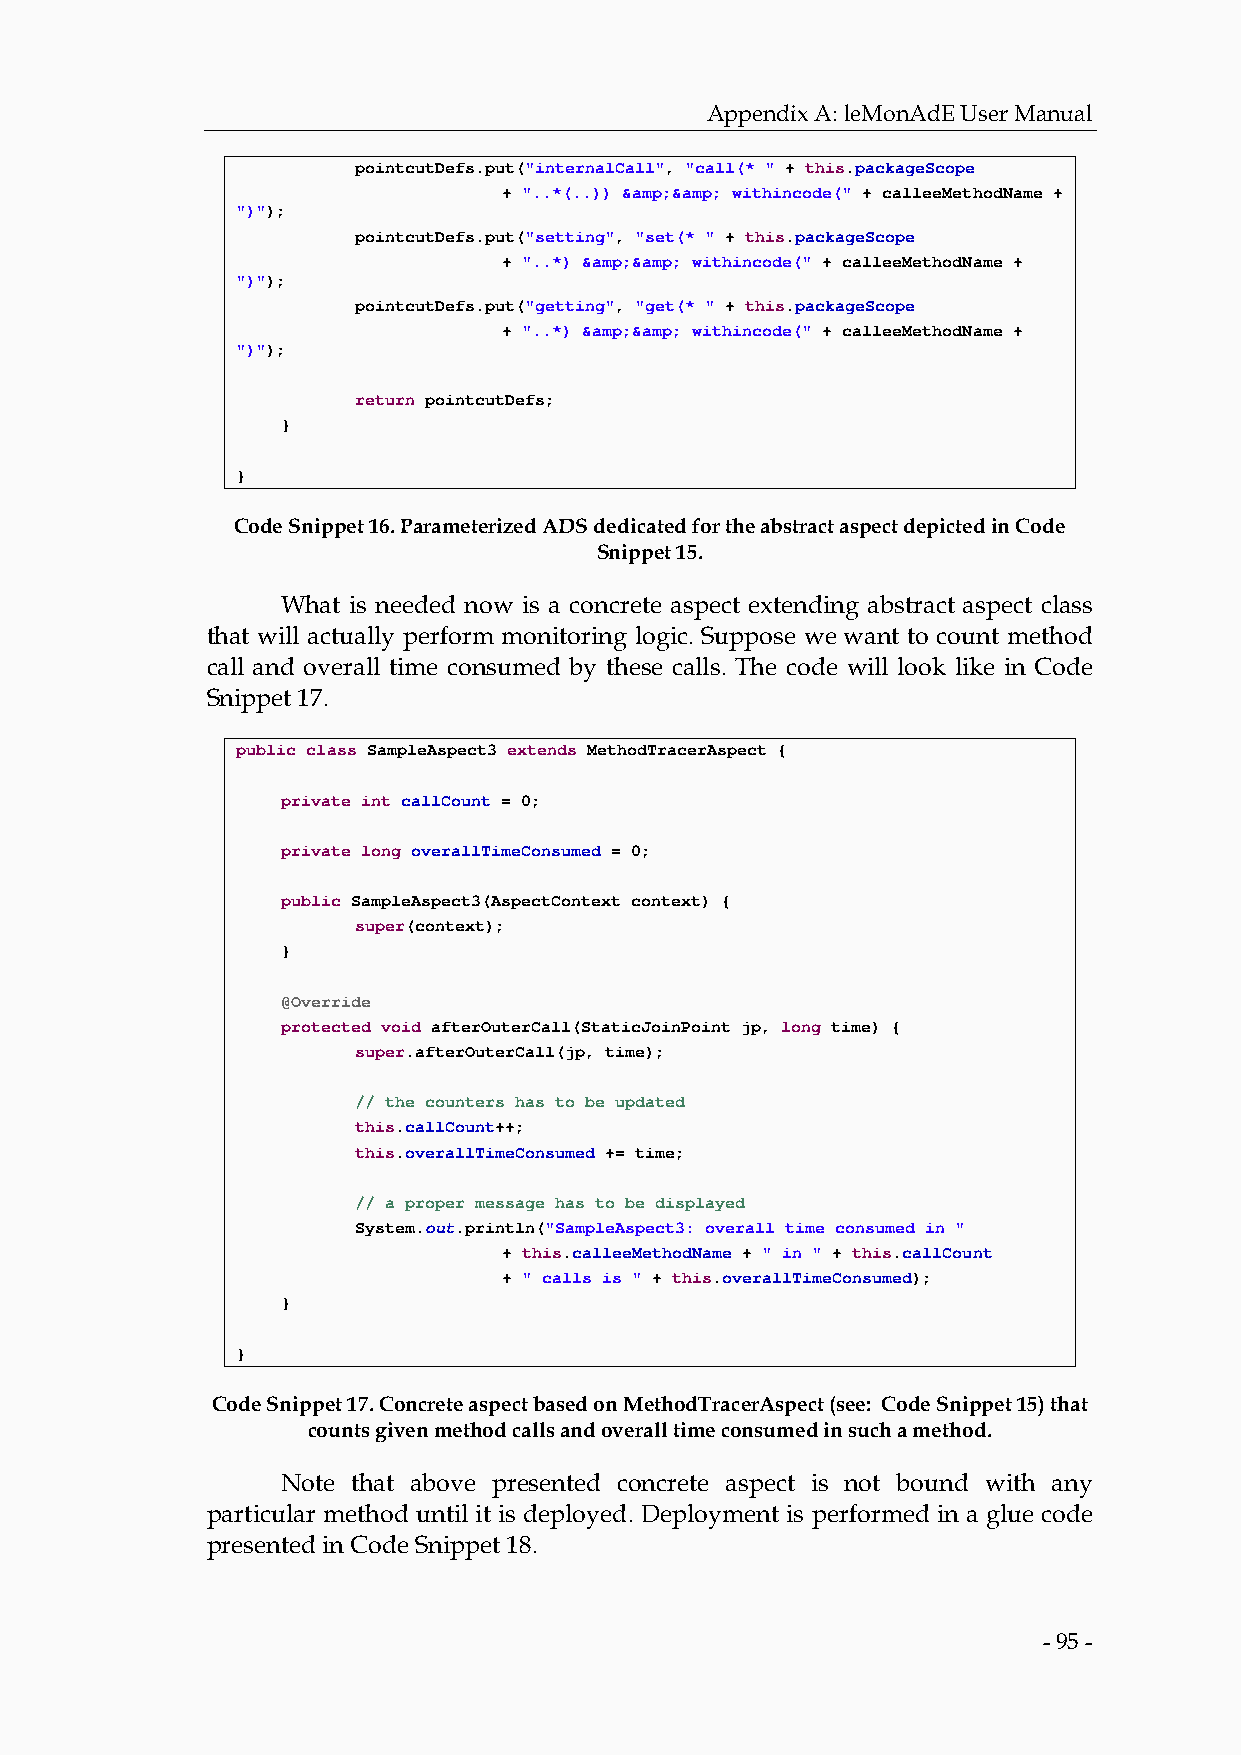
Appendix A: leMonAdE User Manual
 pointcutDefs.put("internalCall", "call(* " + this.packageScope
 + "..*(..)) &amp;&amp; withincode(" + calleeMethodName +
 ")");
 pointcutDefs.put("setting", "set(* " + this.packageScope
 + "..*) &amp;&amp; withincode(" + calleeMethodName +
 ")");
 pointcutDefs.put("getting", "get(* " + this.packageScope
 + "..*) &amp;&amp; withincode(" + calleeMethodName +
 ")");
 return pointcutDefs;
 }
 }
 Code Snippet 16. Parameterized ADS dedicated for the abstract aspect depicted in Code
 Snippet 15.
 What is needed now is a concrete aspect extending abstract aspect class
 that will actually perform monitoring logic. Suppose we want to count method
 call and overall time consumed by these calls. The code will look like in Code
 Snippet 17.
 public class SampleAspect3 extends MethodTracerAspect {
 private int callCount = 0;
 private long overallTimeConsumed = 0;
 public SampleAspect3(AspectContext context) {
 super(context);
 }
 @Override
 protected void afterOuterCall(StaticJoinPoint jp, long time) {
 super.afterOuterCall(jp, time);
 // the counters has to be updated
 this.callCount++;
 this.overallTimeConsumed += time;
 // a proper message has to be displayed
 System.out.println("SampleAspect3: overall time consumed in "
 + this.calleeMethodName + " in " + this.callCount
 + " calls is " + this.overallTimeConsumed);
 }
 }
 Code Snippet 17. Concrete aspect based on MethodTracerAspect (see: Code Snippet 15) that
 counts given method calls and overall time consumed in such a method.
 Note that above presented concrete aspect is not bound with any
 particular method until it is deployed. Deployment is performed in a glue code
 presented in Code Snippet 18.
 - 95 -